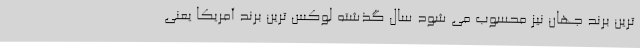
ترین برند جهان نیز محسوب می شود سال گذشته لوکس ترین برند آمریکا یعنی